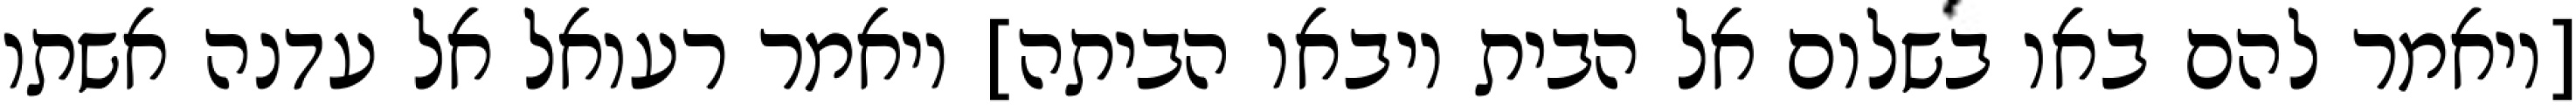
[ויאמר להם באו בשלום אל הבית ויבאו הביתה] ויאמר רעואל אל עדנה אשתו